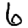
Digit: 6